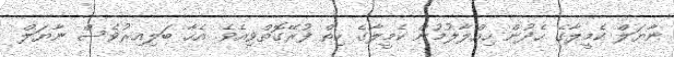
ނާޔަލް ކެމީލާގެ ހެދުން ހިއްލާލުމުން ކެމީލާގެ ހިތް ފުރޭގޮތްވިއެވެ. އެހާ ބަލިއިރުވެސް ނާޔަލް